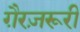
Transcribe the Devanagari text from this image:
ग़ैरज़रूरी